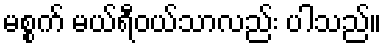
မစ္စက် မယ်ရီဝယ်သာလည်း ပါသည်။